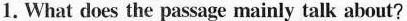
1.What does the passage mainly talk about?